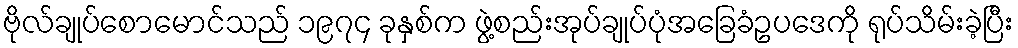
ဗိုလ်ချုပ်စောမောင်သည် ၁၉၇၄ ခုနှစ်က ဖွဲ့စည်းအုပ်ချုပ်ပုံအခြေခံဥပဒေကို ရုပ်သိမ်းခဲ့ပြီး